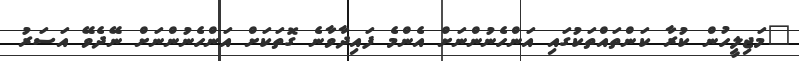
"މަޖިލީހުން ކުރާ ކަންތައްތަކުގައި އަންހެނުންނަށް އެންމެ ފައިދާވާނެ ގޮތަކަށް އަންހެނުންނަށް ނޭދެވޭ އަސަރު